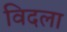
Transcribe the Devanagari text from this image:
विदला